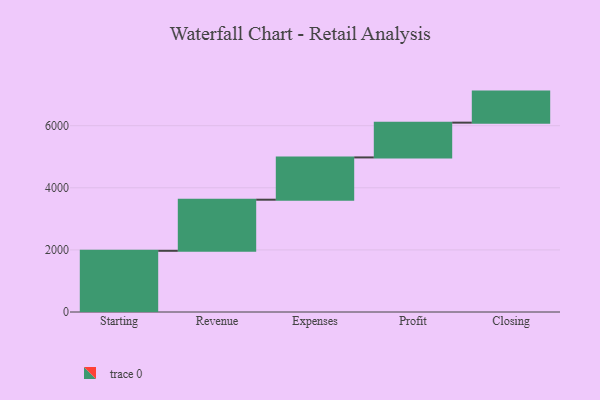
{"axis": {"x": "Step", "y": "Value"}, "legend": [""], "data": [{"x": "Starting", "y": 1971.0, "type": ""}, {"x": "Revenue", "y": 1646.0, "type": ""}, {"x": "Expenses", "y": 1362.0, "type": ""}, {"x": "Profit", "y": 1120.0, "type": ""}, {"x": "Closing", "y": 1000, "type": ""}]}